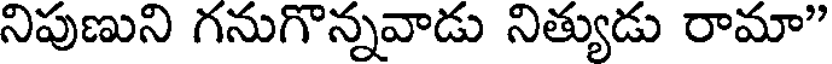
నిపుణుని గనుగొన్నవాడు నిత్యుడు రామా"